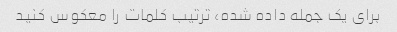
برای یک جمله داده شده، ترتیب کلمات را معکوس کنید